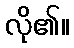
လို၏။